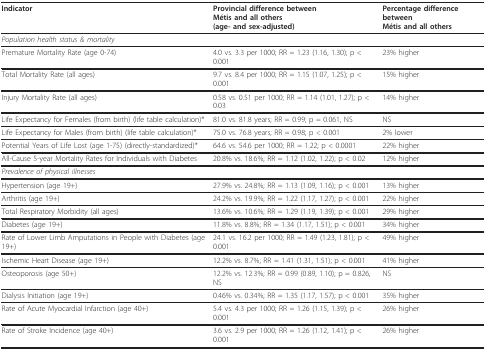
<table><thead><tr><td><b>Indicator</b></td><td><b>Provincial difference between Métis and all others(age- and sex-adjusted)</b></td><td><b>Percentage difference between Métis and all others</b></td></tr></thead><tbody><tr><td><i>Population health status &amp; mortality</i></td><td></td><td></td></tr><tr><td>Premature Mortality Rate (age 0-74)</td><td>4.0 vs. 3.3 per 1000; RR = 1.23 (1.16, 1.30); p &lt; 0.001</td><td>23% higher</td></tr><tr><td>Total Mortality Rate (all ages)</td><td>9.7 vs. 8.4 per 1000; RR = 1.15 (1.07, 1.25); p &lt; 0.001</td><td>15% higher</td></tr><tr><td>Injury Mortality Rate (all ages)</td><td>0.58 vs. 0.51 per 1000; RR = 1.14 (1.01, 1.27); p &lt; 0.03</td><td>14% higher</td></tr><tr><td>Life Expectancy for Females (from birth) (life table calculation)*</td><td>81.0 vs. 81.8 years; RR = 0.99; p = 0.061, NS</td><td>NS</td></tr><tr><td>Life Expectancy for Males (from birth) (life table calculation)*</td><td>75.0 vs. 76.8 years; RR = 0.98; p &lt; 0.001</td><td>2% lower</td></tr><tr><td>Potential Years of Life Lost (age 1-75) (directly-standardized)*</td><td>64.6 vs. 54.6 per 1000; RR = 1.22; p &lt; 0.0001</td><td>22% higher</td></tr><tr><td>All-Cause 5-year Mortality Rates for Individuals with Diabetes</td><td>20.8% vs. 18.6%; RR = 1.12 (1.02, 1.22); p &lt; 0.02</td><td>12% higher</td></tr><tr><td><i>Prevalence of physical illnesses</i></td><td></td><td></td></tr><tr><td>Hypertension (age 19+)</td><td>27.9% vs. 24.8%; RR = 1.13 (1.09, 1.16); p &lt; 0.001</td><td>13% higher</td></tr><tr><td>Arthritis (age 19+)</td><td>24.2% vs. 19.9%; RR = 1.22 (1.17, 1.27); p &lt; 0.001</td><td>22% higher</td></tr><tr><td>Total Respiratory Morbidity (all ages)</td><td>13.6% vs. 10.6%; RR = 1.29 (1.19, 1.39); p &lt; 0.001</td><td>29% higher</td></tr><tr><td>Diabetes (age 19+)</td><td>11.8% vs. 8.8%; RR = 1.34 (1.17, 1.51); p &lt; 0.001</td><td>34% higher</td></tr><tr><td>Rate of Lower Limb Amputations in People with Diabetes (age 19+)</td><td>24.1 vs. 16.2 per 1000; RR = 1.49 (1.23, 1.81); p &lt; 0.001</td><td>49% higher</td></tr><tr><td>Ischemic Heart Disease (age 19+)</td><td>12.2% vs. 8.7%; RR = 1.41 (1.31, 1.51); p &lt; 0.001</td><td>41% higher</td></tr><tr><td>Osteoporosis (age 50+)</td><td>12.2% vs. 12.3%; RR = 0.99 (0.89, 1.10); p = 0.826, NS</td><td>NS</td></tr><tr><td>Dialysis Initiation (age 19+)</td><td>0.46% vs. 0.34%; RR = 1.35 (1.17, 1.57); p &lt; 0.001</td><td>35% higher</td></tr><tr><td>Rate of Acute Myocardial Infarction (age 40+)</td><td>5.4 vs. 4.3 per 1000; RR = 1.26 (1.15, 1.39); p &lt; 0.001</td><td>26% higher</td></tr><tr><td>Rate of Stroke Incidence (age 40+)</td><td>3.6 vs. 2.9 per 1000; RR = 1.26 (1.12, 1.41); p &lt; 0.001</td><td>26% higher</td></tr></tbody></table>